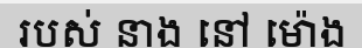
របស់ នាង នៅ ម៉ោង